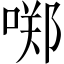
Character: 𱓣